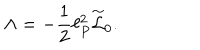
LaTeX: \Lambda = - { \frac { 1 } { 2 } } \ell _ { P } ^ { 2 } \stackrel { \sim } { \cal L } _ { 0 } .